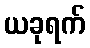
ယခုရက်